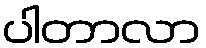
ပါတာလာ